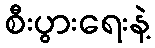
စီးပွားရေးနဲ့